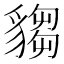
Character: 𧳹